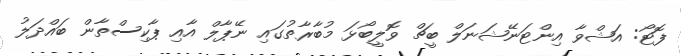
ފޮޓޯ: އަޝްވާ އިންޓަނޭޝަނަލް ބީޗް ވޮލީބޯޅަ މުބާރާތުގައި ނޭޕާލް އާއި ޕާކިސްތާން ބައްދަލު